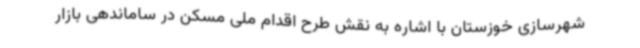
شهرسازی خوزستان با اشاره به نقش طرح اقدام ملی مسکن در ساماندهی بازار